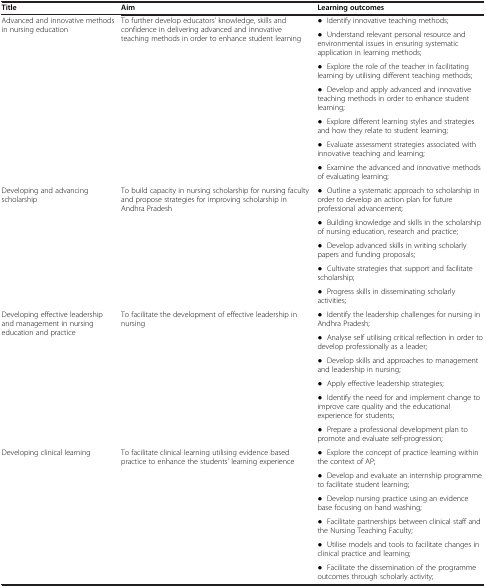
| Title | Aim | Learning outcomes |
 | --- | --- | --- |
 | <ROWSPAN=7> Advanced and innovative methods in nursing education | <ROWSPAN=7> To further develop educators’ knowledge, skills and confidence in delivering advanced and innovative teaching methods in order to enhance student learning | ● Identify innovative teaching methods; |
 | ● Understand relevant personal resource and environmental issues in ensuring systematic application in learning methods; |
 | ● Explore the role of the teacher in facilitating learning by utilising different teaching methods; |
 | ● Develop and apply advanced and innovative teaching methods in order to enhance student learning; |
 | ● Explore different learning styles and strategies and how they relate to student learning; |
 | ● Evaluate assessment strategies associated with innovative teaching and learning; |
 | ● Examine the advanced and innovative methods of evaluating learning; |
 | <ROWSPAN=5> Developing and advancing scholarship | <ROWSPAN=5> To build capacity in nursing scholarship for nursing faculty and propose strategies for improving scholarship in Andhra Pradesh | ● Outline a systematic approach to scholarship in order to develop an action plan for future professional advancement; |
 | ● Building knowledge and skills in the scholarship of nursing education, research and practice; |
 | ● Develop advanced skills in writing scholarly papers and funding proposals; |
 | ● Cultivate strategies that support and facilitate scholarship; |
 | ● Progress skills in disseminating scholarly activities; |
 | <ROWSPAN=6> Developing effective leadership and management in nursing education and practice | <ROWSPAN=6> To facilitate the development of effective leadership in nursing | ● Identify the leadership challenges for nursing in Andhra Pradesh; |
 | ● Analyse self utilising critical reflection in order to develop professionally as a leader; |
 | ● Develop skills and approaches to management and leadership in nursing; |
 | ● Apply effective leadership strategies; |
 | ● Identify the need for and implement change to improve care quality and the educational experience for students; |
 | ● Prepare a professional development plan to promote and evaluate self-progression; |
 | <ROWSPAN=6> Developing clinical learning | <ROWSPAN=6> To facilitate clinical learning utilising evidence based practice to enhance the students’ learning experience | ● Explore the concept of practice learning within the context of AP; |
 | ● Develop and evaluate an internship programme to facilitate student learning; |
 | ● Develop nursing practice using an evidence base focusing on hand washing; |
 | ● Facilitate partnerships between clinical staff and the Nursing Teaching Faculty; |
 | ● Utilise models and tools to facilitate changes in clinical practice and learning; |
 | ● Facilitate the dissemination of the programme outcomes through scholarly activity; |